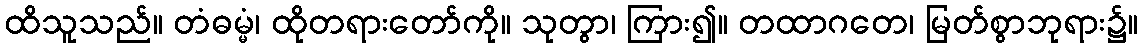
ထိသူသည်။ တံဓမ္မံ၊ ထိုတရားတော်ကို။ သုတွာ၊ ကြား၍။ တထာဂတေ၊ မြတ်စွာဘုရား၌။